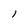
Character: i